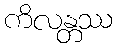
ကိလန္တဿ